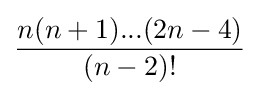
{\frac {n(n+1)...(2n-4)}{(n-2)!}}